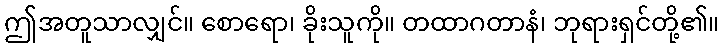
ဤအတူသာလျှင်။ စောရော၊ ခိုးသူကို။ တထာဂတာနံ၊ ဘုရားရှင်တို့၏။